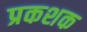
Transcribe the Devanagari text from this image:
प्रकशक